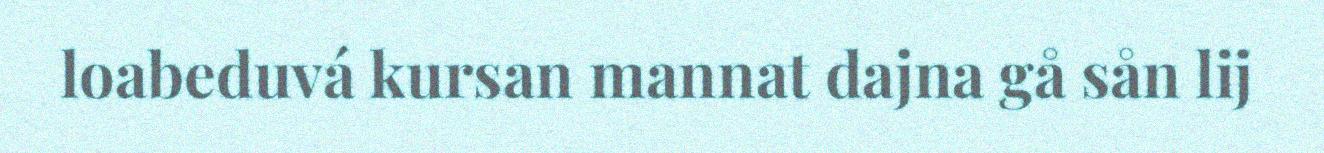
loabeduvá kursan mannat dajna gå sån lij